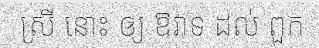
ស្រី នោះ ឲ្យ ឱវាទ ដល់ ពួក